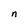
Character: n